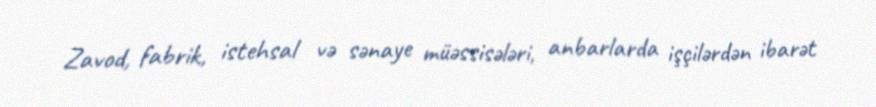
Zavod, fabrik, istehsal və sənaye müəssisələri, anbarlarda işçilərdən ibarət